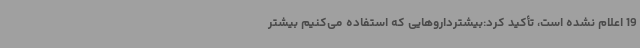
19 اعلام‌ نشده است، تأکید کرد:بیشترداروهایی که استفاده می‌کنیم بیشتر